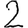
Digit: 2